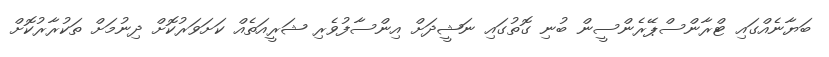
ބަޔާނެއްގައި ޓްރާންސްޕޭރެންސީން ބުނި ގޮތުގައި ނަޝީދަށް އިންސާފުވެރި ޝަރީއަތެއް ކަށަވަރުކޮށް ދިނުމަށް ތަކުރާރުކޮށް